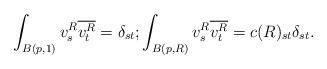
LaTeX: \begin{align*}\int_{B(p, 1)}v_s^R\overline{v_t^R} = \delta_{st}; \int_{B(p, R)}v_s^R\overline{v_t^R}= c(R)_{st}\delta_{st}.\end{align*}